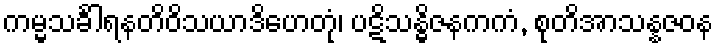
ကမ္မသင်္ခါရနတိဝိသယာဒိဟေတုံ၊ ပဋိသန္ဓိဇနကကံ, စုတိအာသန္နဇဝန